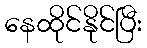
နေထိုင်နိုင်ပြီး